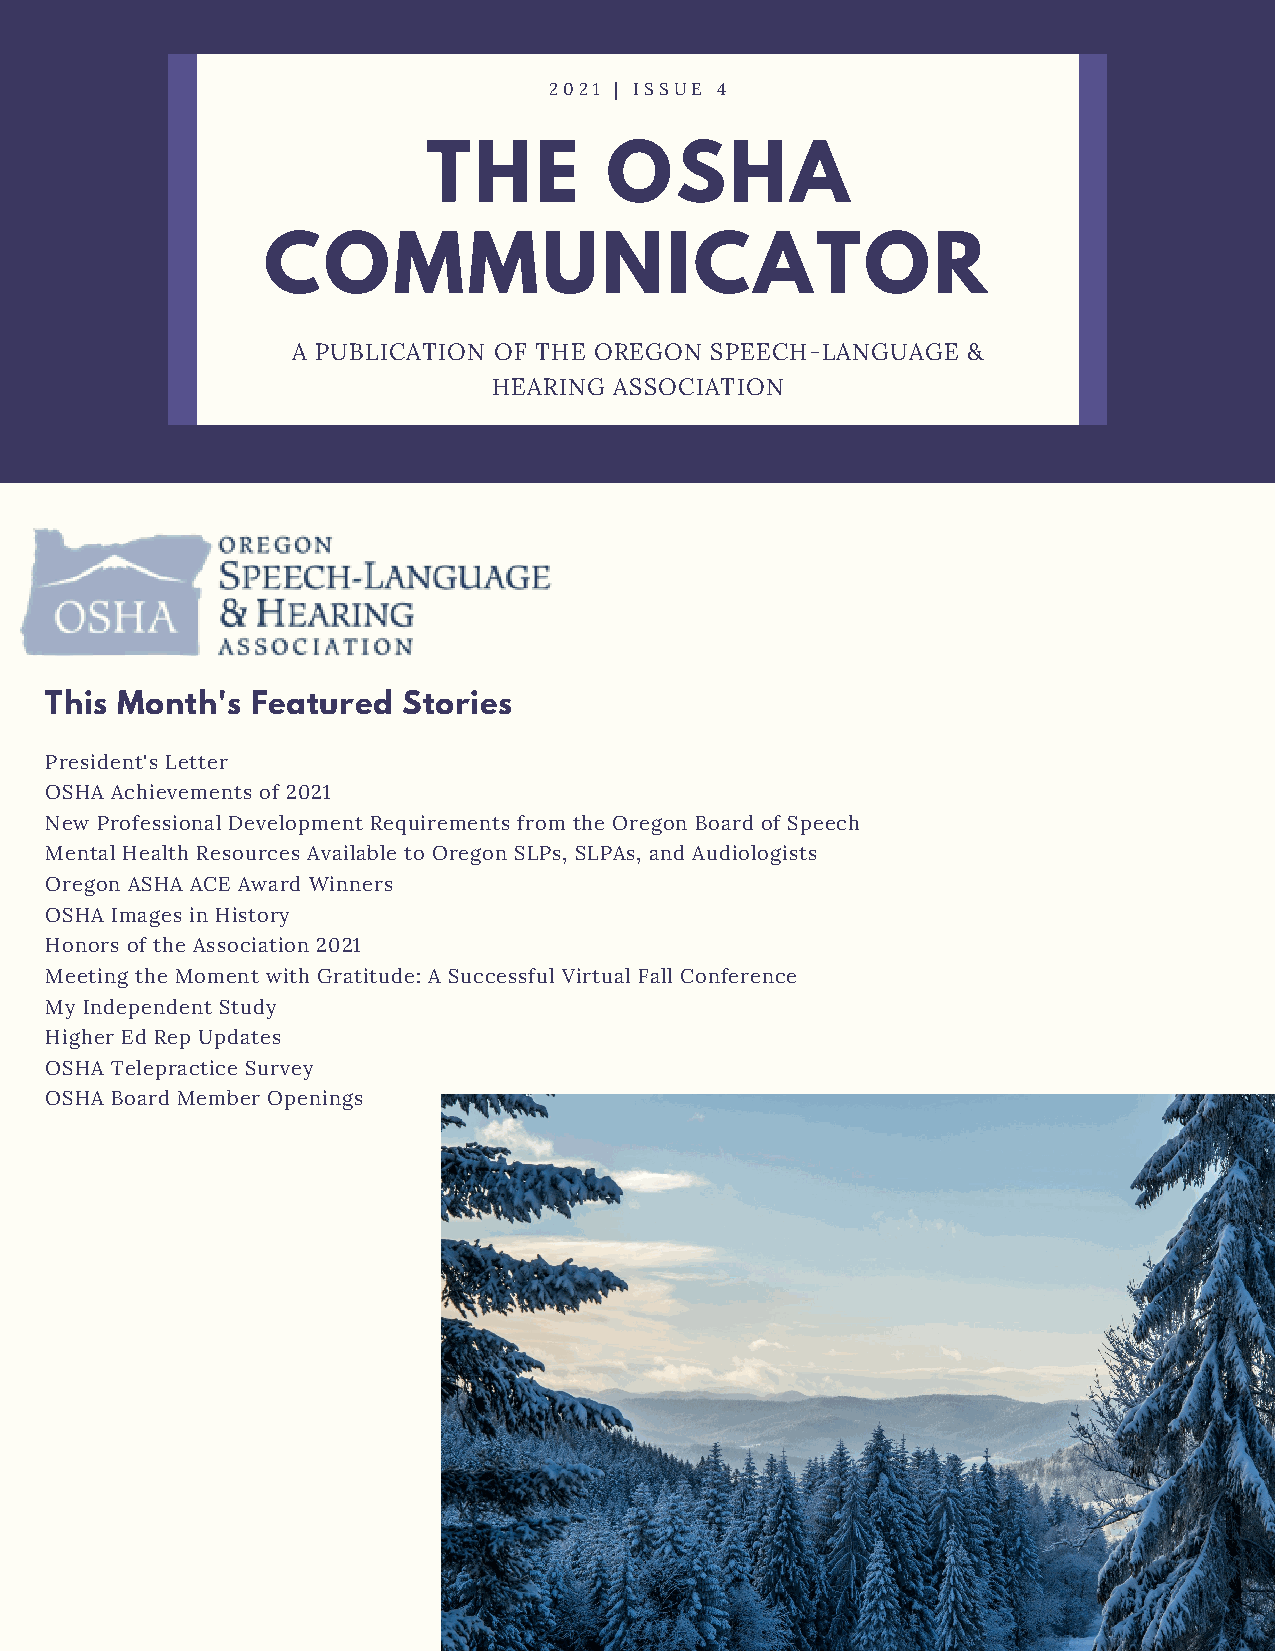
2021 | ISSUE 4
 THE         OSHA
 COMMUNICATOR
 A PUBLICATION OF THE OREGON SPEECH-LANGUAGE  &
 HEARING ASSOCIATION
 This Month's  Featured  Stories
 President's Letter
 OSHA Achievements of 2021
 New Professional Development Requirements from the Oregon Board of Speech
 Mental Health Resources Available to Oregon SLPs, SLPAs, and Audiologists
 Oregon ASHA ACE Award Winners
 OSHA Images in History
 Honors of the Association 2021
 Meeting the Moment with Gratitude: A Successful Virtual Fall Conference
 My Independent Study
 Higher Ed Rep Updates
 OSHA Telepractice Survey
 OSHA Board Member Openings